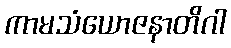
ကာမသံယောဇနာတိဂါ